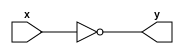
// write a simple verilog program that implement 
module hello(y,x);
output y;
input x;
assign y =!x;
endmodule